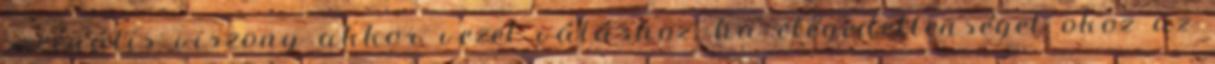
szexuális viszony akkor vezet váláshoz, ha elégedetlenséget okoz az